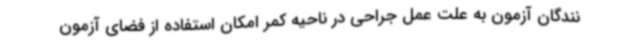
نندگان آزمون به علت عمل جراحی در ناحیه کمر امکان استفاده از فضای آزمون